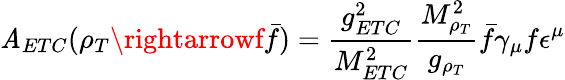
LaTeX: {\cal\mathit{A}}_{ETC}(\rho_{T}\rightarrowf\bar{{f}})=\frac{{g_{ETC}^{2}}}{{M_{ETC}^{2}}}\frac{{M_{\rho_{T}}^{2}}}{{g_{\rho_{T}}}}\bar{{f}}\gamma_{\mu}f\epsilon^{\mu}